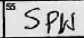
Transcription: SPW